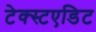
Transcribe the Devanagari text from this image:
टेक्स्टएडिट